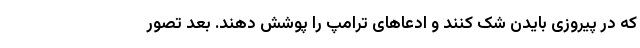
که در پیروزی بایدن شک کنند و ادعاهای ترامپ را پوشش دهند. بعد تصور